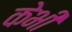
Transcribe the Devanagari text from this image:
केभी